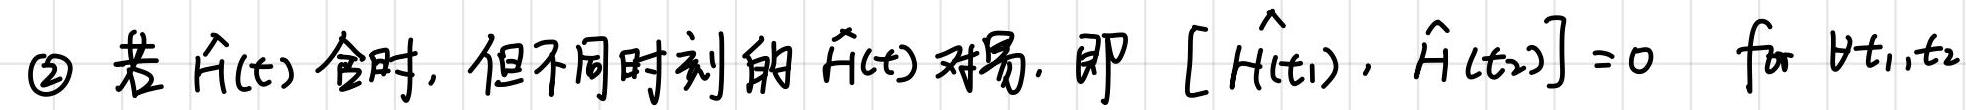
$\textcircled{2}$ 若 $\hat{H}(t)$ 含时, 但不同时刻的 $\hat{H}(t)$ 对易, 即 $[\hat{H}(t_1), \hat{H}(t_2)] = 0$ for $\forall t_1,t_2$